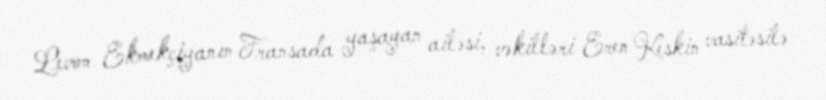
Levon Ekmekçiyanın Fransada yaşayan ailəsi, vəkilləri Eren Keskin vasitəsilə